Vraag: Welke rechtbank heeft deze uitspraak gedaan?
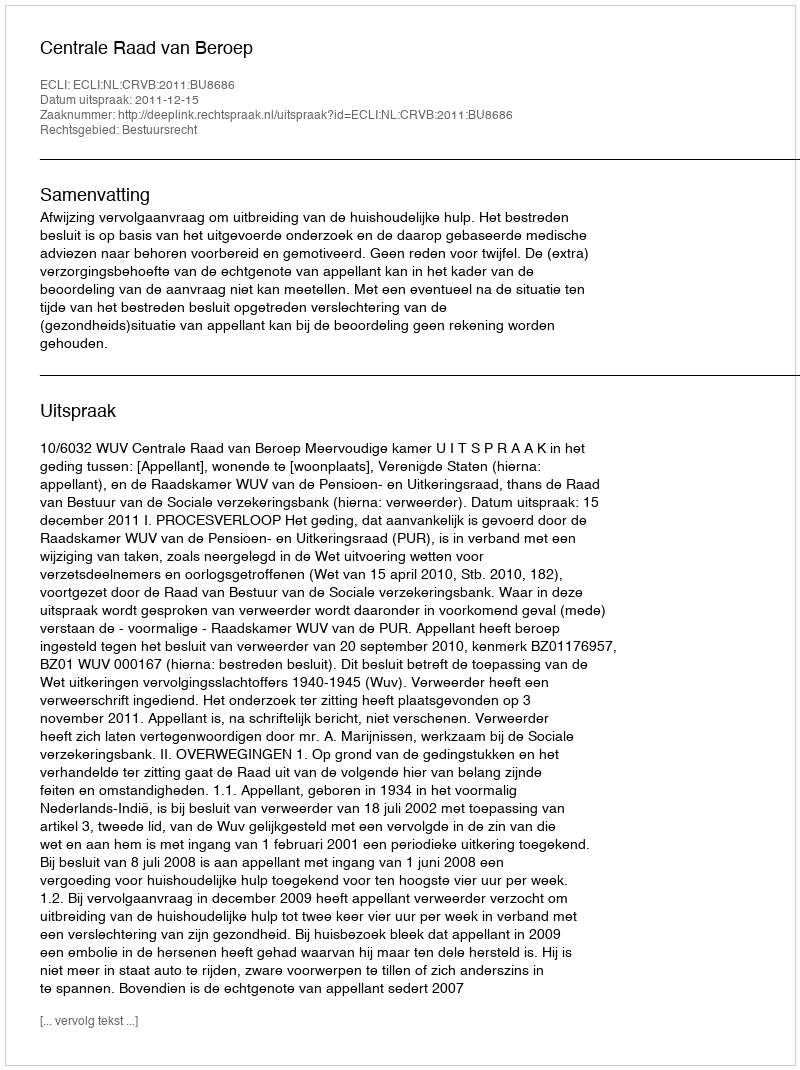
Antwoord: Centrale Raad van Beroep